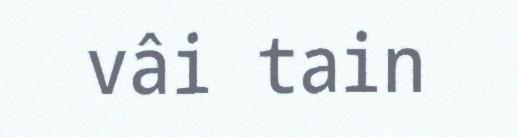
vâi tain